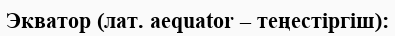
Экватор (лат. aequator – теңестіргіш):